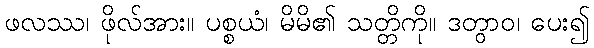
ဖလဿ၊ ဖိုလ်အား။ ပစ္စယံ၊ မိမိ၏ သတ္တိကို။ ဒတွာဝ၊ ပေး၍